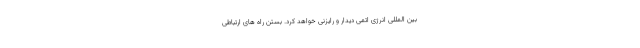
بین المللی انرژی اتمی دیدار و رایزنی خواهد کرد. بستن راه های ارتباطی